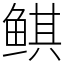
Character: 鲯